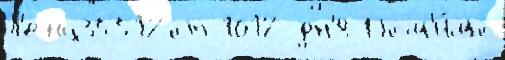
Л'енц35512от 1012 дн'я Пом'и́мо